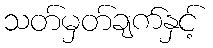
သတ်မှတ်ချက်နှင့်